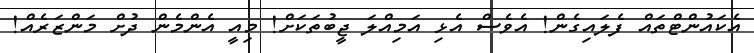
އެކައުންޓްތައް ފެލައިގެން! އެވެސް އެޅި އަމިއްލަ ޖީބުތަކަށް! މިއީ އެންމެން ދުށް މަންޒަރެއް!